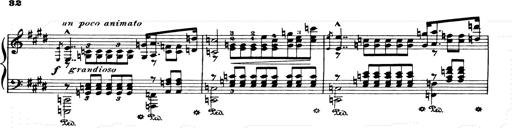
Title: Consolations and LiebestrÃ¤ume for the Piano
Composer: Franz Liszt